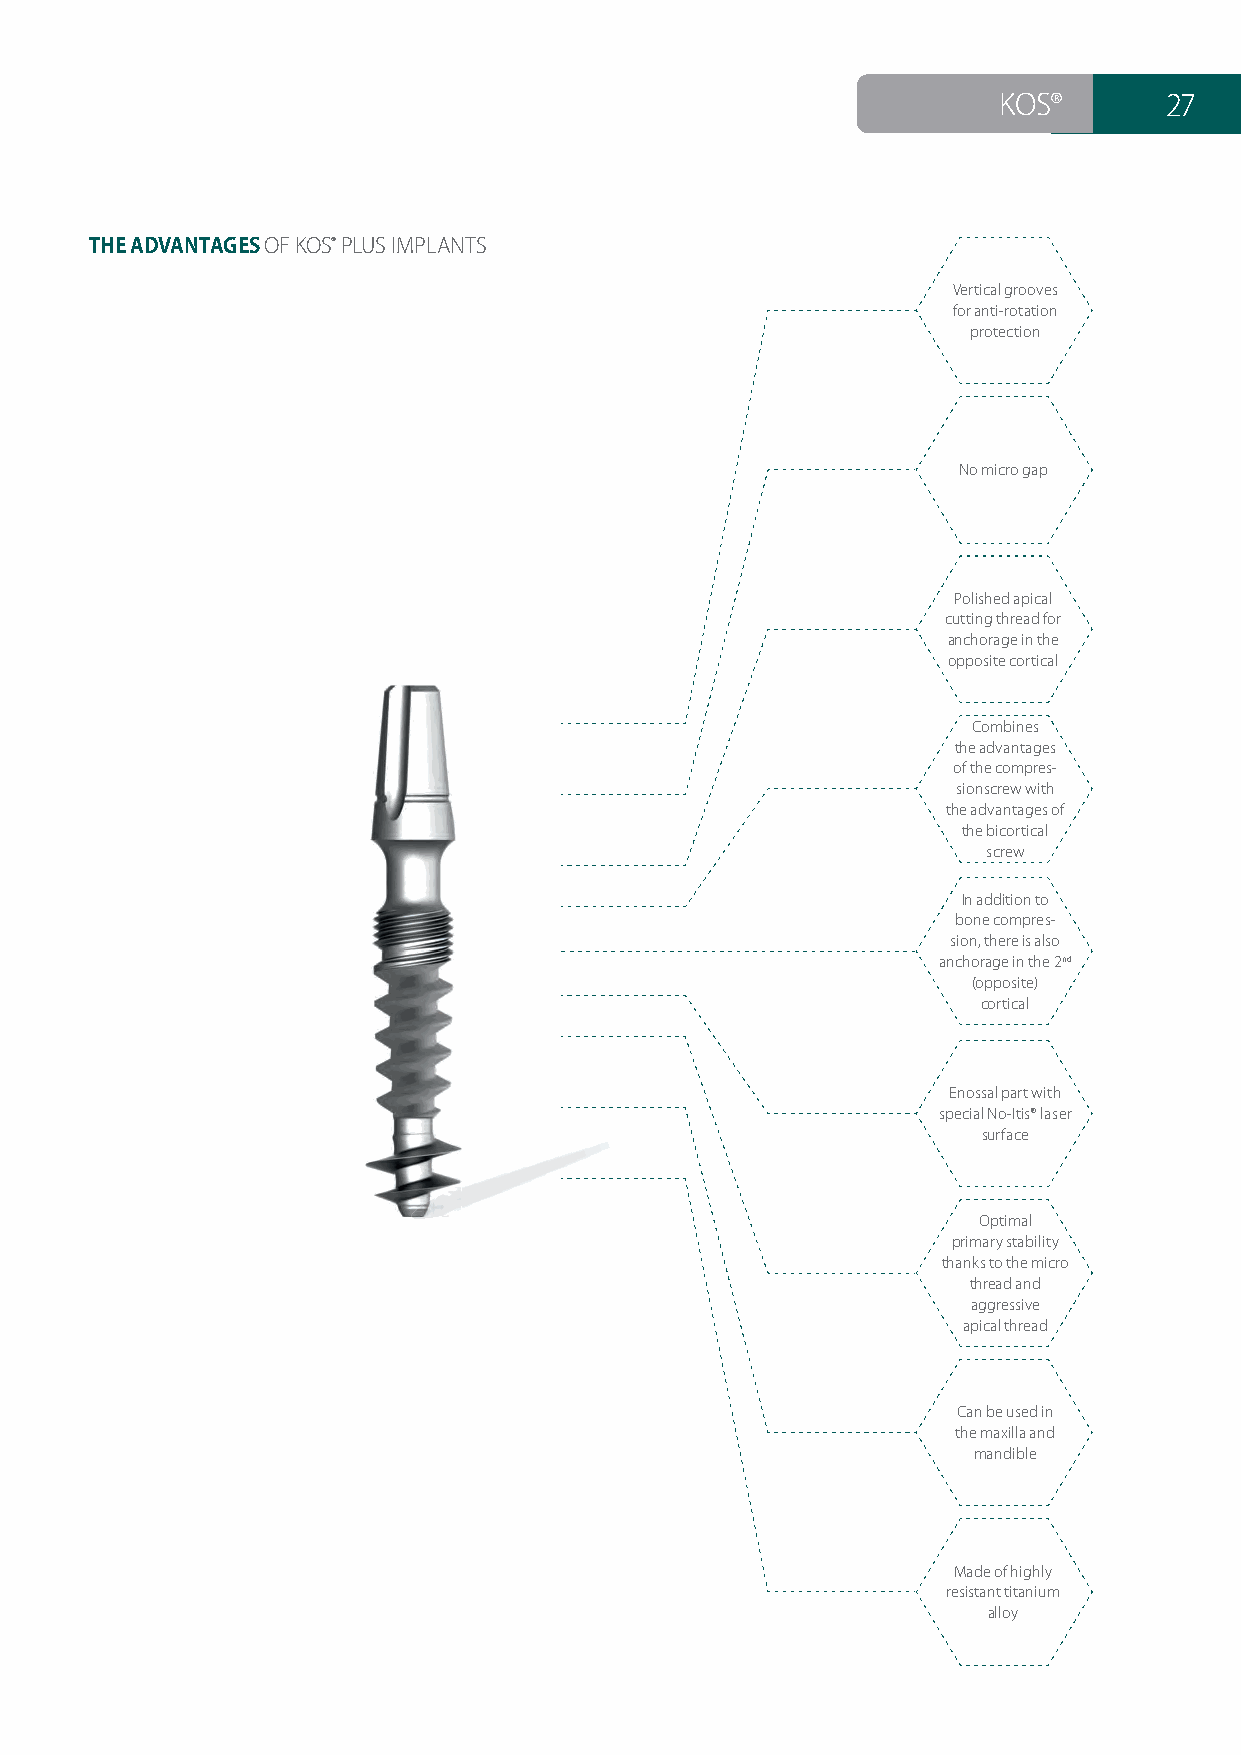
KOS®       27
 THE ADVANTAGES OF KOS® PLUS IMPLANTS
 Vertical grooves
 for anti-rotation
 protection
 No micro gap
 Polished apical
 cutting thread for
 anchorage in the
 opposite cortical
 Combines
 the advantages
 of the compres-
 sionscrew with
 the advantages of
 the bicortical
 screw
 In addition to
 bone compres-
 sion, there is also
 anchorage in the 2nd
 (opposite)
 cortical
 Enossal part with
 special No-Itis® laser
 surface
 Optimal
 primary stability
 thanks to the micro
 thread and
 aggressive
 apical thread
 Can be used in
 the maxilla and
 mandible
 Made of highly
 resistant titanium
 alloy